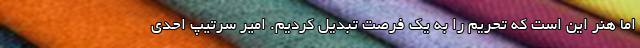
اما هنر این است که تحریم را به یک فرصت تبدیل کردیم. امیر سرتیپ احدی